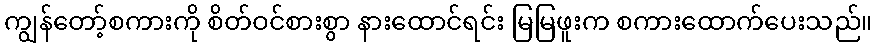
ကျွန်တော့်စကားကို စိတ်ဝင်စားစွာ နားထောင်ရင်း မြမြဖူးက စကားထောက်ပေးသည်။